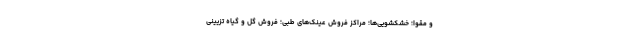
و مقوا؛ خشکشویی‌ها؛ مراکز فروش عینک‌های طبی؛ فروش گل و گیاه تزیینی